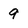
Character: 9